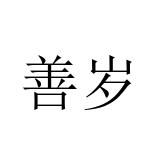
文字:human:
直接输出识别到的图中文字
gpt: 善岁